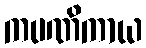
ကပဏိကာယ